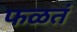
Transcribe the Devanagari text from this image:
फळतं